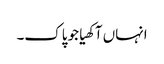
انہاں آکھیا جو پاک۔